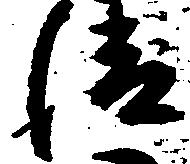
清